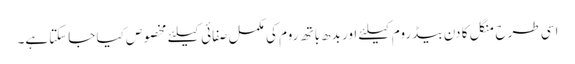
اسی طرح منگل کا دن بیڈ روم کیلئے اور بدھ باتھ روم کی مکمل صفائی کیلئے مخصوص کیا جاسکتاہے۔